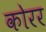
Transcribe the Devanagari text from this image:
कोरर